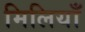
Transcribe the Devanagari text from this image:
मिलियाँ